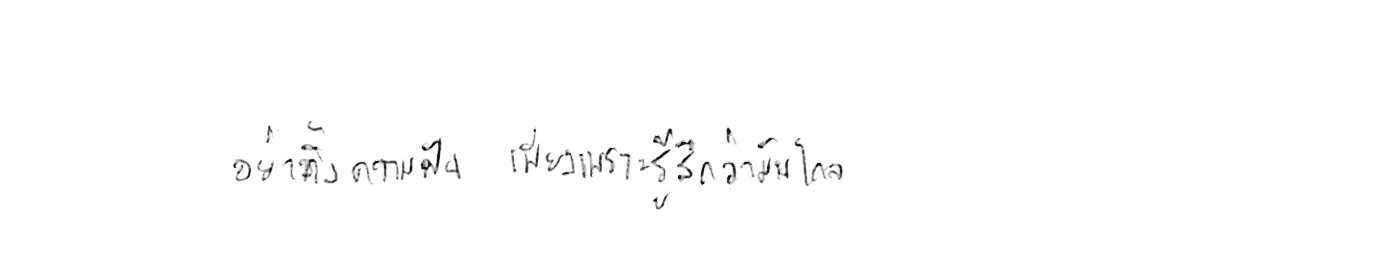
อย่าทิ้งความฝัน เพียงเพราะรู้สึกว่ามันไกล